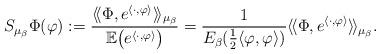
LaTeX: \begin{align*}S_{\mu_{\beta}}\Phi(\varphi):=\frac{\langle\!\langle\Phi,e^{\langle\cdot,\varphi\rangle}\rangle\!\rangle_{\mu_{\beta}}}{\mathbb{E}\big(e^{\langle\cdot,\varphi\rangle}\big)}=\frac{1}{E_{\beta}(\frac{1}{2}\langle\varphi,\varphi\rangle)}\langle\!\langle\Phi,e^{\langle\cdot,\varphi\rangle}\rangle\!\rangle_{\mu_{\beta}}.\end{align*}